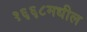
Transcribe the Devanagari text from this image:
१६६८मधील